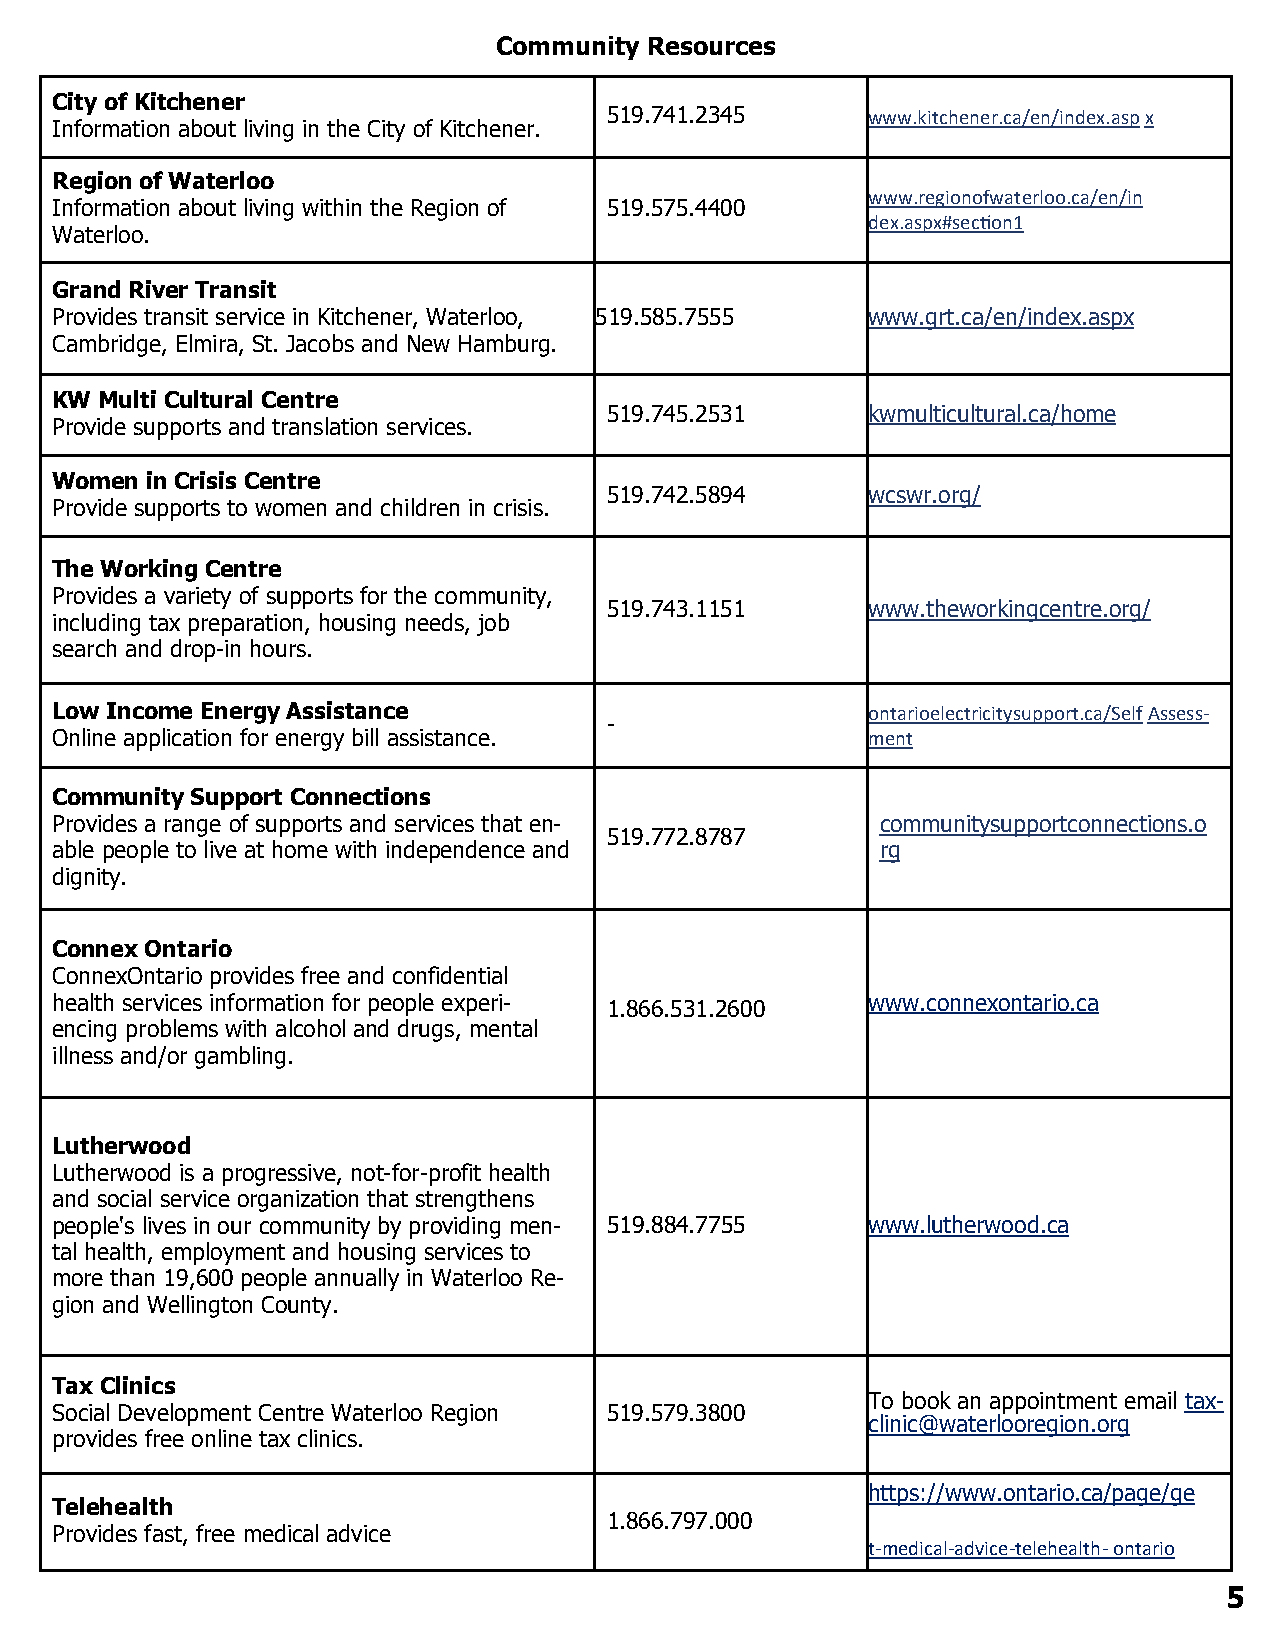
Community Resources
 City of Kitchener
 519.741.2345     www.kitchener.ca/en/index.asp x
 Information about living in the City of Kitchener.
 Region of Waterloo
 www.regionofwaterloo.ca/en/in
 Information about living within the Region of 519.575.4400
 dex.aspx#section1
 Waterloo.
 Grand River Transit
 Provides transit service in Kitchener, Waterloo, 519.585.7555 www.grt.ca/en/index.aspx
 Cambridge, Elmira, St. Jacobs and New Hamburg.
 KW  Multi Cultural Centre
 519.745.2531     kwmulticultural.ca/home
 Provide supports and translation services.
 Women  in Crisis Centre
 519.742.5894     wcswr.org/
 Provide supports to women and children in crisis.
 The Working Centre
 Provides a variety of supports for the community,
 519.743.1151     www.theworkingcentre.org/
 including tax preparation, housing needs, job
 search and drop-in hours.
 Low Income Energy Assistance                          ontarioelectricitysupport.ca/Self Assess-
 -
 Online application for energy bill assistance.        ment
 Community Support Connections
 Provides a range of supports and services that en-     communitysupportconnections.o
 519.772.8787
 able people to live at home with independence and      rg
 dignity.
 Connex Ontario
 ConnexOntario provides free and confidential
 health services information for people experi- 1.866.531.2600 www.connexontario.ca
 encing problems with alcohol and drugs, mental
 illness and/or gambling.
 Lutherwood
 Lutherwood is a progressive, not-for-profit health
 and social service organization that strengthens
 people's lives in our community by providing men- 519.884.7755 www.lutherwood.ca
 tal health, employment and housing services to
 more than 19,600 people annually in Waterloo Re-
 gion and Wellington County.
 Tax Clinics
 To book an appointment email tax-
 Social Development Centre Waterloo Region 519.579.3800
 clinic@waterlooregion.org
 provides free online tax clinics.
 https://www.ontario.ca/page/ge
 Telehealth
 1.866.797.000
 Provides fast, free medical advice
 t-medical-advice-telehealth- ontario
 5